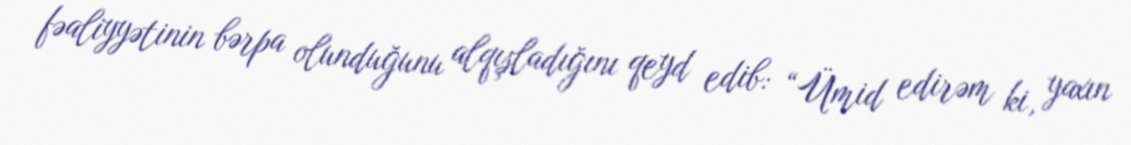
fəaliyyətinin bərpa olunduğunu alqışladığını qeyd edib: “Ümid edirəm ki, yaxın